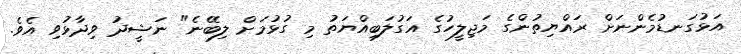
އަޅުގަނޑުމެންނަށް ރައްޔިތުންގެ މަޖިލީހުގެ އަގުލަބިއްޔަތު މި ގުޅުމަށް ލިބޭނެ" ނަޝީދު ވިދާޅުވި އެވެ.